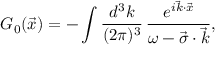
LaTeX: G _ { 0 } ( \vec { x } ) = - \int { \frac { d ^ { 3 } k } { ( 2 \pi ) ^ { 3 } } } \, { \frac { e ^ { i { \vec { k } \cdot \vec { x } } } } { \omega - { \vec { \sigma } \cdot \vec { k } } } } ,